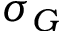
\sigma _ { G }